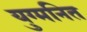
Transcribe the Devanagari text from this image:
युग्‍मनित